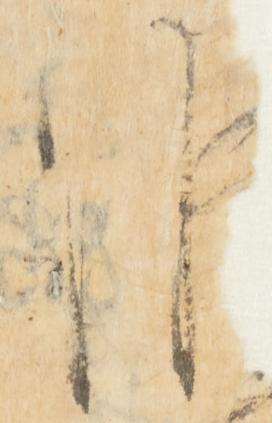
候